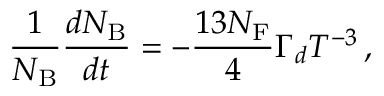
\frac { 1 } { N _ { \mathrm { B } } } \frac { d N _ { \mathrm { B } } } { d t } = - \frac { 1 3 N _ { \mathrm { F } } } { 4 } \Gamma _ { d } T ^ { - 3 } \, ,